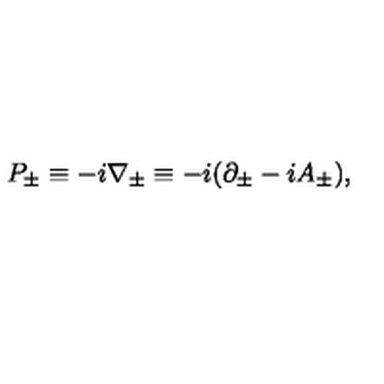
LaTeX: P _ { \pm } \equiv - i \nabla _ { \pm } \equiv - i ( \partial _ { \pm } - i A _ { \pm } ) ,